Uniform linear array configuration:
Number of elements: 12
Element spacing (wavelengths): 0.5
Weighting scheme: blackman
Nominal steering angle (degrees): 0
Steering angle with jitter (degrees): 1.681
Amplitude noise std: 0.05
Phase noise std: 0.05

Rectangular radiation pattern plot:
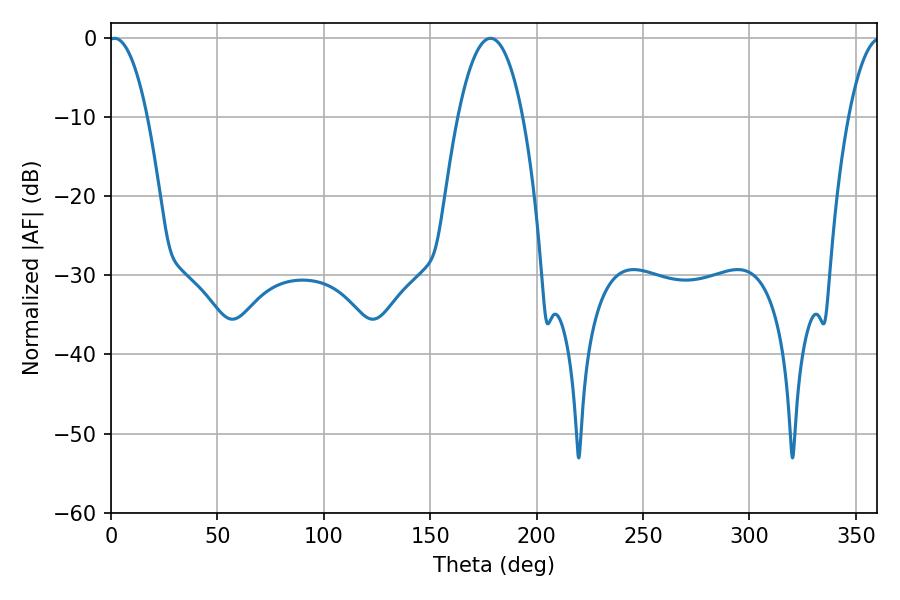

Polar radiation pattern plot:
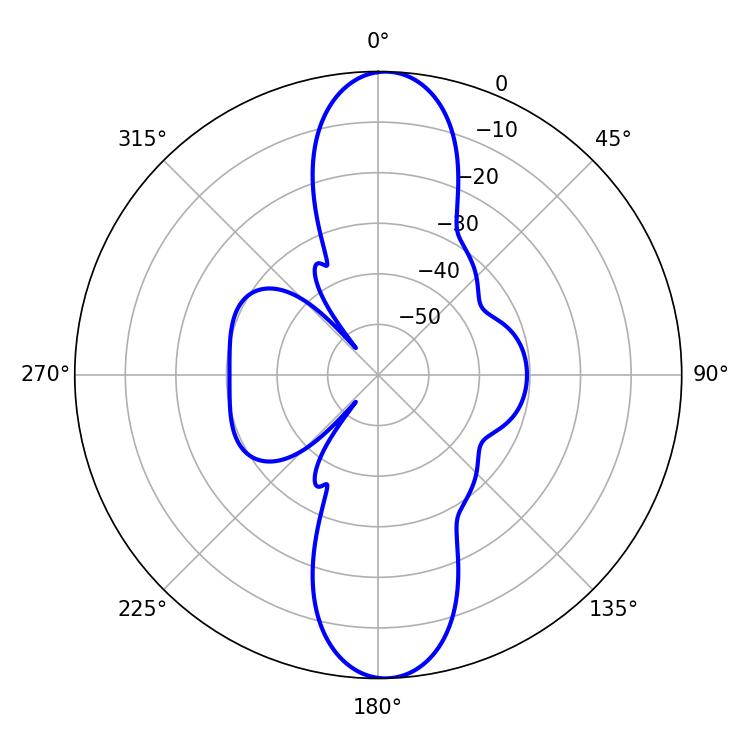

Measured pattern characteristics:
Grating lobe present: FALSE
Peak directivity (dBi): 20.201
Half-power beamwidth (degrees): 10.08
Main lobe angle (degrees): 1.62